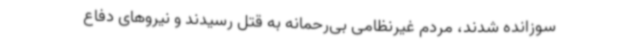
سوزانده شدند، مردم غیرنظامی بی‌رحمانه به قتل رسیدند و نیروهای دفاع